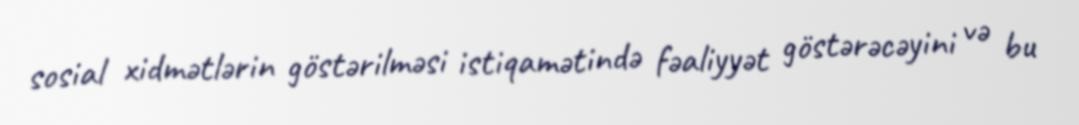
sosial xidmətlərin göstərilməsi istiqamətində fəaliyyət göstərəcəyini və bu